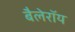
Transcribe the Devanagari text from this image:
बैलेरॉय